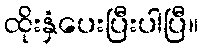
ထိုးနှံပေးပြီးပါပြီ။